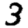
Digit: 3